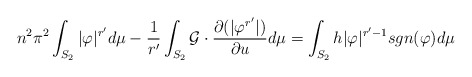
\begin{align*}n^2\pi^2\int_{S_2}\vert \varphi \vert^{r'} d\mu - \dfrac{1}{r'}\int_{S_2} \mathcal{G}\cdot \dfrac{\partial (\vert \varphi^{r'} \vert)}{\partial u}d\mu = \int_{S_2} h\vert \varphi \vert^{r'-1}sgn(\varphi)d\mu\end{align*}